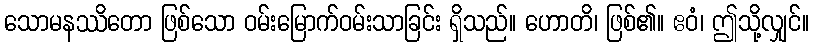
သောမနဿိတော ဖြစ်သော ဝမ်းမြောက်ဝမ်းသာခြင်း ရှိသည်။ ဟောတိ၊ ဖြစ်၏။ ဧဝံ၊ ဤသို့လျှင်။